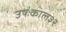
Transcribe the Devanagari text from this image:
उषःकाल३२